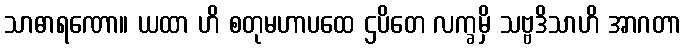
သာဓာရဏော။ ယထာ ဟိ စတုမဟာပထေ ဌပိတေ လက္ခမှိ သဗ္ဗဒိသာဟိ အာဂတာ